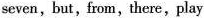
seven,but,from,there,play